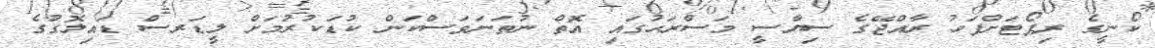
ކޯނީގެ ރިޕޯޓަށްފަހު ރާއްޖޭގެ ސިޔާސީ މަސްރަޙުގައި އޮތް ނުތަނަވަސްކަން ކުޑަކުރުމަށް ލީޑަރސް ޑައިލޮގުގެ